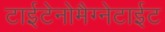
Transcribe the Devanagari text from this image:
टाईटेनोमैग्नेटाईट